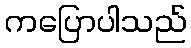
ကပြောပါသည်